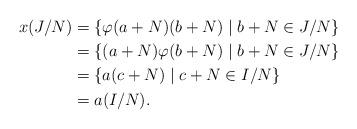
LaTeX: \begin{align*}x (J/N) &= \{\varphi(a+N) (b+N) \mid b+N \in J/N\} \\&= \{(a+N) \varphi(b+N) \mid b+N \in J/N\} \\&= \{a(c+N) \mid c+N \in I/N \} \\&= a (I/N).\end{align*}